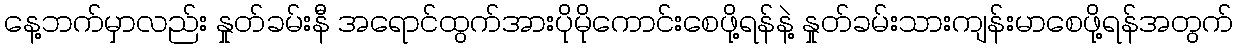
နေ့ဘက်မှာလည်း နှုတ်ခမ်းနီ အရောင်ထွက်အားပိုမိုကောင်းစေဖို့ရန်နဲ့ နှုတ်ခမ်းသားကျန်းမာစေဖို့ရန်အတွက်